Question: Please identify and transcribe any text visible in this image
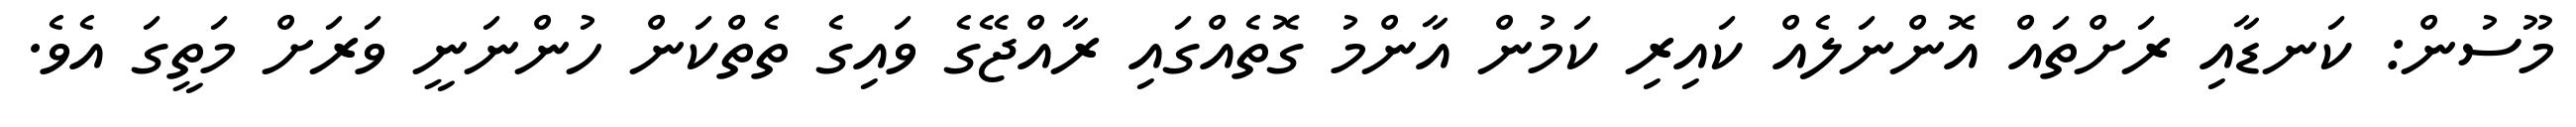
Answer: މޫސުން: ކަނޑާއި ރަށްތައް އޮންނަލެއް ކައިރި ކަމުން އާންމު ގޮތެއްގައި ރާއްޖޭގެ ވައިގެ ތެތްކަން ހުންނަނީ ވަރަށް މަތީގަ އެވެ.